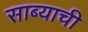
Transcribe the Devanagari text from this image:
साब्याची